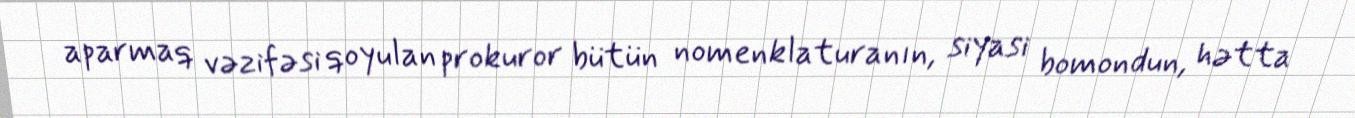
aparmaq vəzifəsi qoyulan prokuror bütün nomenklaturanın, siyasi bomondun, hətta